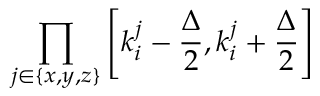
\prod _ { j \in \{ x , y , z \} } { \left[ k _ { i } ^ { j } - \frac { \Delta } { 2 } , k _ { i } ^ { j } + \frac { \Delta } { 2 } \right] }